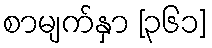
စာမျက်နှာ [၃၆၁]